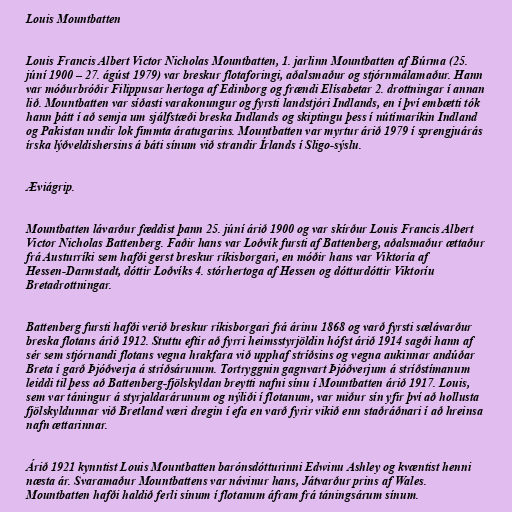
Louis Mountbatten

Louis Francis Albert Victor Nicholas Mountbatten, 1. jarlinn Mountbatten af Búrma (25.
júní 1900 – 27. ágúst 1979) var breskur flotaforingi, aðalsmaður og stjórnmálamaður. Hann
var móðurbróðir Filippusar hertoga af Edinborg og frændi Elísabetar 2. drottningar í annan
lið. Mountbatten var síðasti varakonungur og fyrsti landstjóri Indlands, en í því embætti tók
hann þátt í að semja um sjálfstæði breska Indlands og skiptingu þess í nútímaríkin Indland
og Pakistan undir lok fimmta áratugarins. Mountbatten var myrtur árið 1979 í sprengjuárás
írska lýðveldishersins á báti sínum við strandir Írlands í Sligo-sýslu.

Æviágrip.

Mountbatten lávarður fæddist þann 25. júní árið 1900 og var skírður Louis Francis Albert
Victor Nicholas Battenberg. Faðir hans var Loðvík fursti af Battenberg, aðalsmaður ættaður
frá Austurríki sem hafði gerst breskur ríkisborgari, en móðir hans var Viktoría af
Hessen-Darmstadt, dóttir Loðvíks 4. stórhertoga af Hessen og dótturdóttir Viktoríu
Bretadrottningar.

Battenberg fursti hafði verið breskur ríkisborgari frá árinu 1868 og varð fyrsti sælávarður
breska flotans árið 1912. Stuttu eftir að fyrri heimsstyrjöldin hófst árið 1914 sagði hann af
sér sem stjórnandi flotans vegna hrakfara við upphaf stríðsins og vegna aukinnar andúðar
Breta í garð Þjóðverja á stríðsárunum. Tortryggnin gagnvart Þjóðverjum á stríðstímanum
leiddi til þess að Battenberg-fjölskyldan breytti nafni sínu í Mountbatten árið 1917. Louis,
sem var táningur á styrjaldarárunum og nýliði í flotanum, var miður sín yfir því að hollusta
fjölskyldunnar við Bretland væri dregin í efa en varð fyrir vikið enn staðráðnari í að hreinsa
nafn ættarinnar.

Árið 1921 kynntist Louis Mountbatten barónsdótturinni Edwinu Ashley og kvæntist henni
næsta ár. Svaramaður Mountbattens var návinur hans, Játvarður prins af Wales.
Mountbatten hafði haldið ferli sínum í flotanum áfram frá táningsárum sínum.